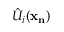
\hat { U } _ { i } ( \mathbf { x _ { n } } )